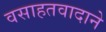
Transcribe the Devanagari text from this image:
वसाहतवादाने